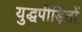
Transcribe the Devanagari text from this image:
युद्धपीड़ितों